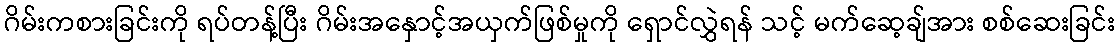
ဂိမ်းကစားခြင်းကို ရပ်တန့်ပြီး ဂိမ်းအနှောင့်အယှက်ဖြစ်မှုကို ရှောင်လွှဲရန် သင့် မက်ဆေ့ချ်အား စစ်ဆေးခြင်း